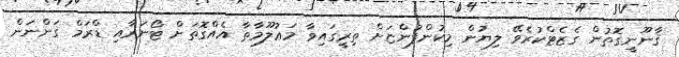
ޤާނޫނީގޮތުން ގެޒެޓްކުރެވޭ ލިޔުން މިކުންފުންޏަށް ތިރީގައިވާ މަޢުލޫމާތާ އެއްގޮތަށް ޓޯނަރާއި ޑްރަމް ގަންނަން